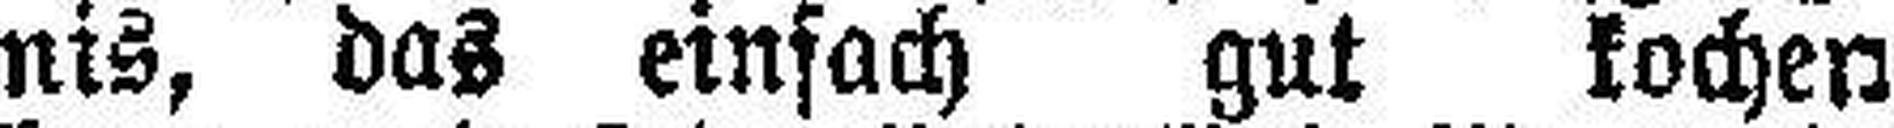
nis, das einfach gut kochen